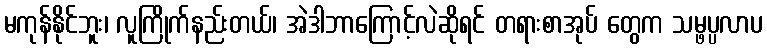
မကုန်နိုင်ဘူး၊ လူကြိုက်နည်းတယ်၊ အဲဒါဘာကြောင့်လဲဆိုရင် တရားစာအုပ် တွေက သမ္ဖပ္ပလာပ